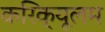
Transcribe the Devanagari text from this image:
करिक्यूलम